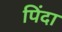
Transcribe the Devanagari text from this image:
पिंदा